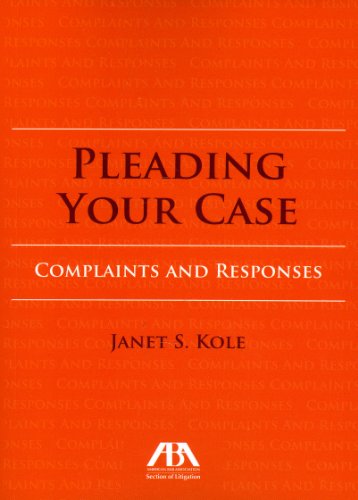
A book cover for Pleading Your Case: Complaints and Responses; Janet Kole; Law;